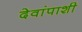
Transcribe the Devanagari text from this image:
देवांपाशी